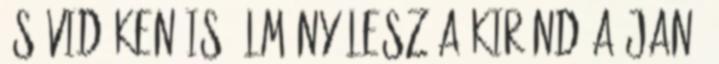
és vidéken is élmény lesz a kiránd A Jané